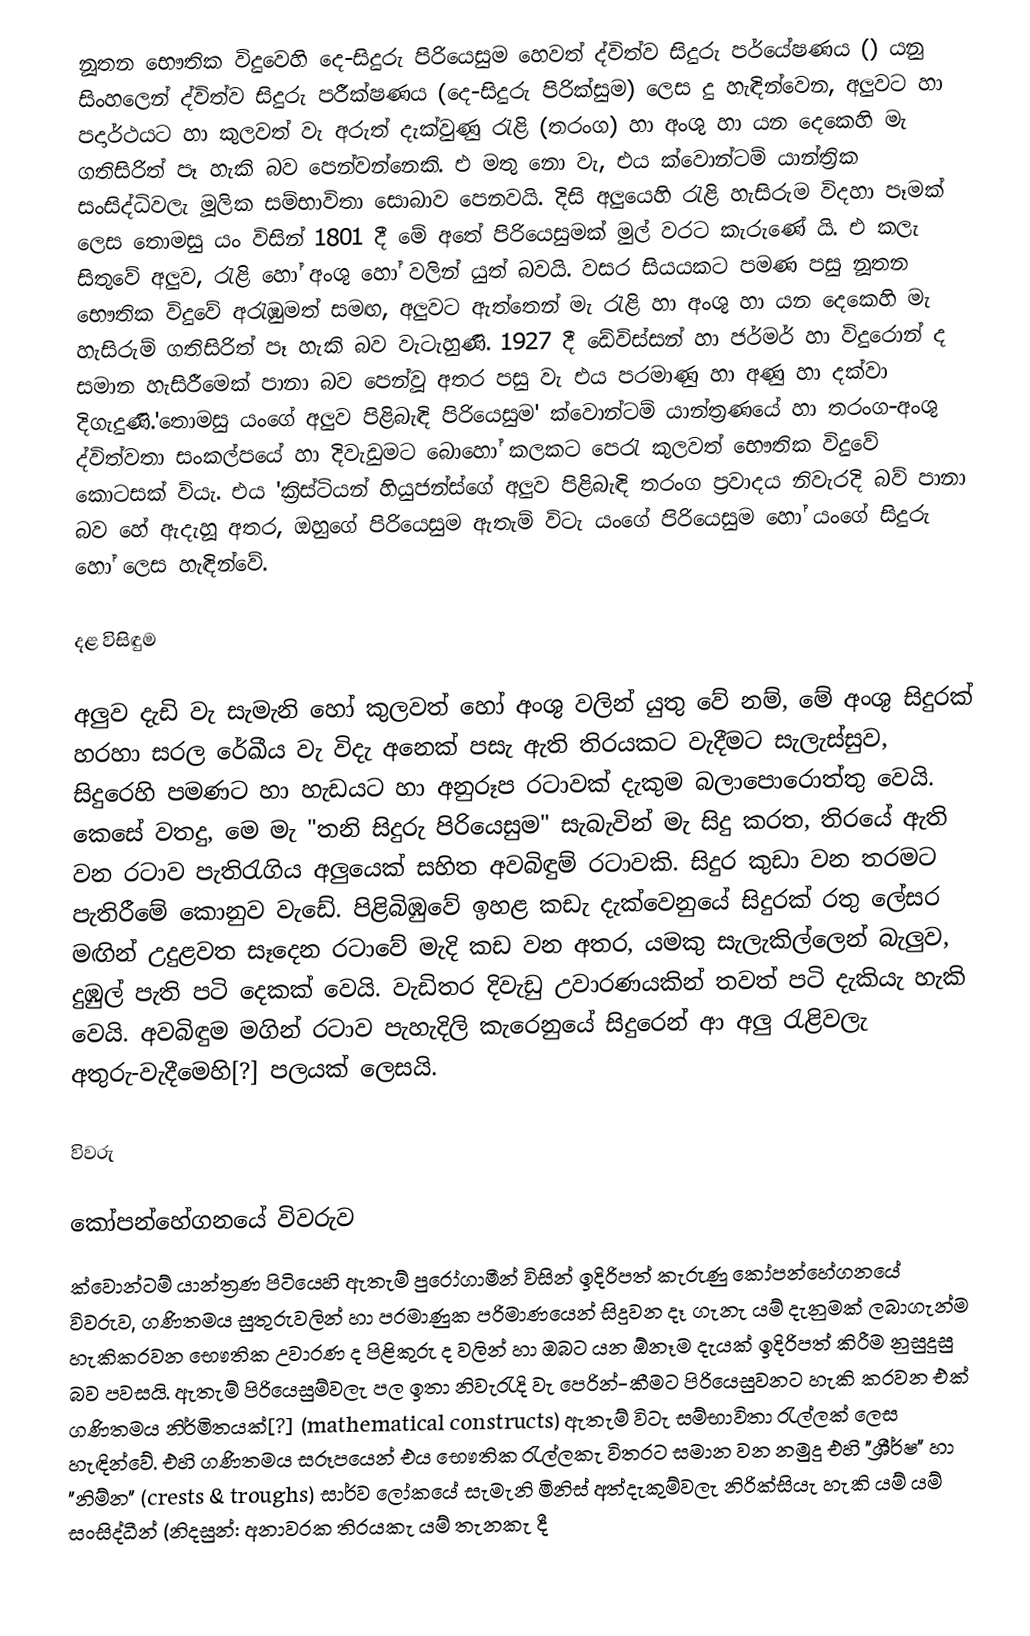
නූතන භෞතික විදුවෙහි දෙ-සිදුරු පිරියෙසුම හෙවත් ද්විත්ව සිදුරු පර්යේෂණය () යනු සිංහලෙන් ද්විත්ව සිදුරු පරීක්ෂණය (දෙ-සිදුරු පිරික්සුම) ලෙස දු හැඳින්වෙන, අලුවට හා පදාර්ථයට හා කුලවත් වැ අරුත් දැක්වුණු රැළි (තරංග) හා අංශු හා යන දෙකෙහි මැ ගතිසිරිත් පෑ හැකි බව පෙන්වන්නෙකි. එ මතු නො වැ, එය ක්වොන්ටම් යාන්ත්‍රික සංසිද්ධිවලැ මූලික සම්භාවිතා සොබාව පෙනවයි. දිසි අලුයෙහි රැළි හැසිරුම විදහා පෑමක් ලෙස තොමසු යං විසින් 1801 දී මේ අතේ පිරියෙසුමක් මුල් වරට කැරුණේ යි. එ කලැ සිතුවේ අලුව, රැළි හෝ අංශු හෝ වලින් යුත් බවයි. වසර සියයකට පමණ පසු නූතන භෞතික විදුවේ අරැඹුමත් සමඟ, අලුවට ඇත්තෙන් මැ රැළි හා අංශු හා යන දෙකෙහි මැ හැසිරුම් ගතිසිරිත් පෑ හැකි බව වැටැහුණි. 1927 දී ඩේවිස්සන් හා ජර්මර් හා විදුරොන් ද සමාන හැසිරීමෙක් පානා බව පෙන්වූ අතර පසු වැ එය පරමාණු හා අණු හා දක්වා දිගැදුණි.'තොමසු යංගේ අලුව පිළිබැඳි පිරියෙසුම' ක්වොන්ටම් යාන්ත්‍රණයේ හා තරංග-අංශු ද්විත්වතා සංකල්පයේ හා දිවැඩුමට බොහෝ කලකට පෙරැ කුලවත් භෞතික විදුවේ කොටසක් වියැ. එය 'ක්‍රිස්ටියන් හියුජන්ස්ගේ අලුව පිළිබැඳි තරංග ප්‍රවාදය නිවැරදි බව් පානා බව හේ ඇදැහූ අතර, ඔහුගේ පිරියෙසුම ඇතැම් විටැ යංගේ පිරියෙසුම හෝ යංගේ සිදුරු හෝ ලෙස හැඳින්වේ.

දළ විසිඳුම

අලුව දැඩි වැ සැමැනි හෝ කුලවත් හෝ අංශු වලින් යුතු වේ නම්, මේ අංශු සිදුරක් හරහා සරල රේඛීය වැ විදැ අනෙක් පසැ ඇති තිරයකට වැදීමට සැලැස්සුව, සිදුරෙහි පමණට හා හැඩයට හා අනුරූප රටාවක් දැකුම බලාපොරොත්තු වෙයි. කෙසේ වතදු, මෙ මැ "තනි සිදුරු පිරියෙසුම" සැබැවින් මැ සිදු කරත, තිරයේ ඇති වන රටාව පැතිරැගිය අලුයෙක් සහිත අවබිඳුම්  රටාවකි. සිදුර කුඩා වන තරමට පැතිරීමේ කොනුව වැඩේ. පිළිබිඹුවේ ඉහළ කඩැ දැක්වෙනුයේ සිදුරක් රතු ලේසර මඟින් උදුළවත සෑදෙන රටාවේ මැදි කඩ වන අතර, යමකු සැලැකිල්ලෙන් බැලුව, දුඹුල් පැති පටි දෙකක් වෙයි. වැඩිතර දිවැඩු උවාරණයකින් තවත් පටි දැකියැ හැකි වෙයි. අවබිඳුම මගින් රටාව පැහැදිලි කැරෙනුයේ සිදුරෙන් ආ අලු රැළිවලැ අතුරු-වැදීමෙහි[?] පලයක් ලෙසයි.

විවරු

කෝපන්හේගනයේ විවරුව
ක්වොන්ටම් යාන්ත්‍රණ පිටියෙහි ඇතැම් පුරෝගාමීන් විසින් ඉදිරිපත් කැරුණු කෝපන්හේගනයේ විවරුව, ගණිතමය සුතුරුවලින් හා පරමාණුක පරිමාණයෙන් සිදුවන දෑ ගැනැ යම් දැනුමක් ලබාගැන්ම හැකිකරවන භෞතික උවාරණ ද පිළිකුරු ද වලින් හා ඔබට යන ඕනෑම දැයක් ඉදිරිපත් කිරීම නුසුදුසු බව පවසයි. ඇතැම් පිරියෙසුම්වලැ පල ඉතා නිවැරැදි වැ පෙරින්-කීමට පිරියෙසුවනට හැකි කරවන එක් ගණිතමය නිර්මිතයක්[?] (mathematical constructs) ඇතැම් විටැ සම්භාවිතා රැල්ලක් ලෙස හැඳින්වේ. එහි ගණිතමය සරූපයෙන් එය භෞතික රැල්ලකැ විතරට සමාන වන නමුදු එහි "ශ්‍රීර්ෂ" හා "නිම්න" (crests & troughs) සාර්ව ලෝකයේ සැමැනි මිනිස් අත්දැකුම්වලැ නිරික්සියැ හැකි යම් යම් සංසිද්ධීන් (නිදසුන්: අනාවරක තිරයකැ යම් තැනකැ දී